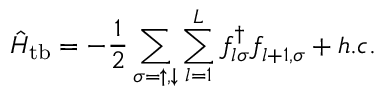
\hat { H } _ { \mathrm { t b } } = - \frac { 1 } { 2 } \sum _ { \sigma = \uparrow , \downarrow } \sum _ { l = 1 } ^ { L } f _ { l \sigma } ^ { \dagger } f _ { l + 1 , \sigma } ^ { \phantom { \dagger } } + h . c .